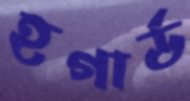
হগার্ড